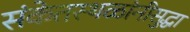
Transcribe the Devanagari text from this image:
संकेतस्थळांनीसुद्धा